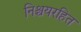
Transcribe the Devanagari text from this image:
निश्चयरहित